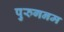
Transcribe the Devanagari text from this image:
पुरुगनम